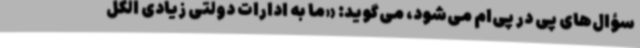
سؤال‌های پی در پی‌ام می‌شود، می‌گوید: «ما به ادارات دولتی زیادی الکل